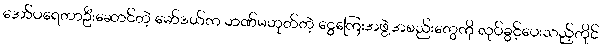
အော်ပရေတာဦးဆောင်တဲ့ မော်ဒယ်က ဘဏ်မဟုတ်တဲ့ ငွေကြေးအဖွဲ့အစည်းတွေကို လုပ်ခွင့်ပေးသည့်တိုင်